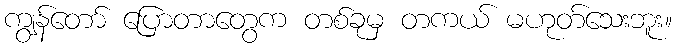
ကျွန်တော် ပြောတာတွေက တစ်ခုမှ တကယ် မဟုတ်သေးဘူး။